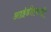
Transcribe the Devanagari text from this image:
आईडीएफसी